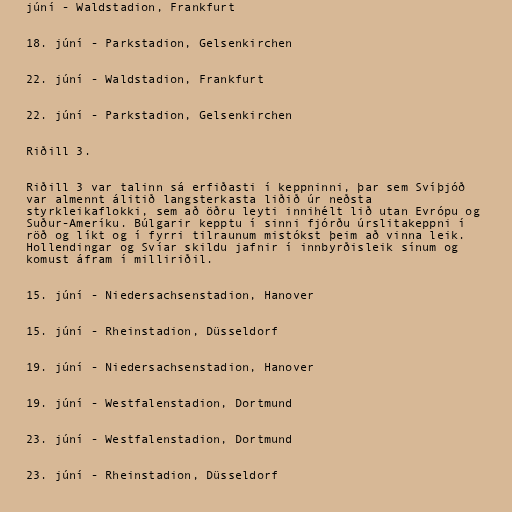
júní - Waldstadion, Frankfurt

18. júní - Parkstadion, Gelsenkirchen

22. júní - Waldstadion, Frankfurt

22. júní - Parkstadion, Gelsenkirchen

Riðill 3.

Riðill 3 var talinn sá erfiðasti í keppninni, þar sem Svíþjóð
var almennt álitið langsterkasta liðið úr neðsta
styrkleikaflokki, sem að öðru leyti innihélt lið utan Evrópu og
Suður-Ameríku. Búlgarir kepptu í sinni fjórðu úrslitakeppni í
röð og líkt og í fyrri tilraunum mistókst þeim að vinna leik.
Hollendingar og Svíar skildu jafnir í innbyrðisleik sínum og
komust áfram í milliriðil.

15. júní - Niedersachsenstadion, Hanover

15. júní - Rheinstadion, Düsseldorf

19. júní - Niedersachsenstadion, Hanover

19. júní - Westfalenstadion, Dortmund

23. júní - Westfalenstadion, Dortmund

23. júní - Rheinstadion, Düsseldorf